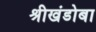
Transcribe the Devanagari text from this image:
श्रीखंडोबा